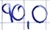
Text: 90,0